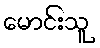
မောင်းသူ